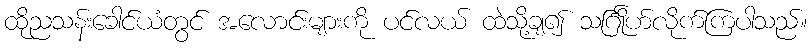
ထိုညသန်းခေါင်ယံတွင် အလောင်းများကို ပင်လယ် ထဲသို့ချ၍ သင်္ဂြိုဟ်လိုက်ကြပါသည်။